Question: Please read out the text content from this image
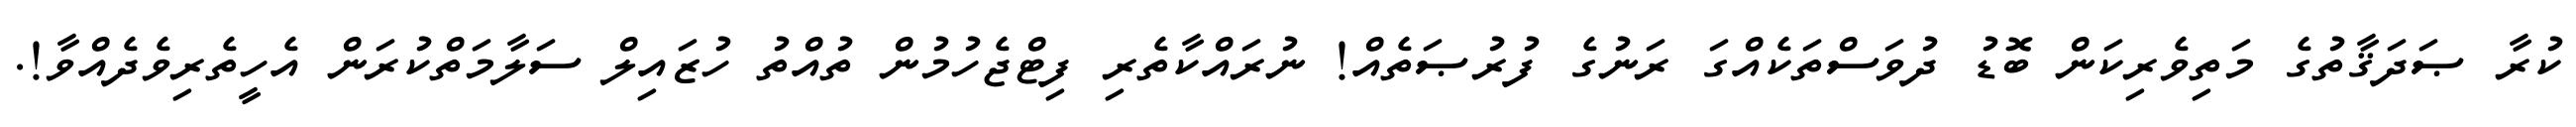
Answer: ކުރާ ޞަދަޤާތުގެ މަތިވެރިކަން ބޮޑު ދުވަސްތަކެއްގަ ރަނުގެ ފުރުޞަތެއް! ނުރައްކާތެރި ފިޓްޖެހުމުން ތުއްތު ހުޒައިލް ސަލާމަތްކުރަން އެހީތެރިވެދެއްވާ!.